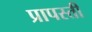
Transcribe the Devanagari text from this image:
प्रापस्ती